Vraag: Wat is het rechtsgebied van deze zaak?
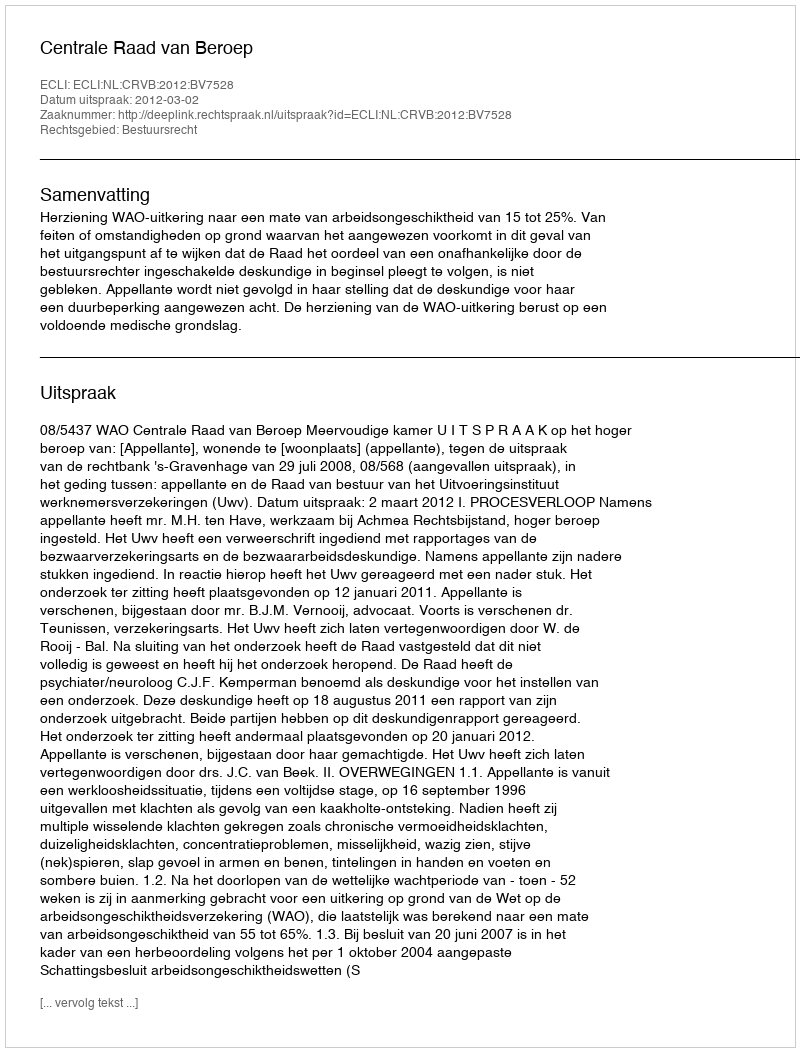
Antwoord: Bestuursrecht